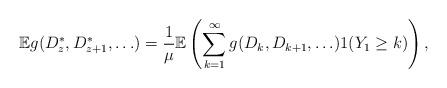
LaTeX: \begin{align*}\mathbb{E} g( D^*_z, D^*_{z+1}, \ldots) = \frac{1}{\mu}\mathbb{E} \left( \sum_{k = 1}^\infty g(D_k, D_{k+1}, \ldots) 1 ( Y_1 \ge k) \right),\end{align*}